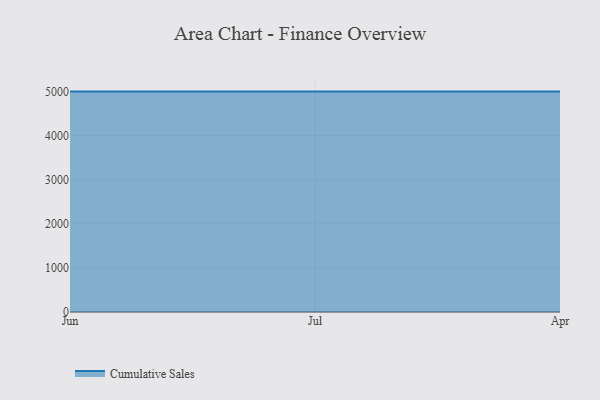
{"axis": {"x": "Month", "y": "Population (Million)"}, "legend": ["Cumulative Sales"], "data": [{"x": "Jun", "y": 5000, "type": "Cumulative Sales"}, {"x": "Jul", "y": 5000, "type": "Cumulative Sales"}, {"x": "Apr", "y": 5000, "type": "Cumulative Sales"}]}